Report on sanitation, dispensaries, and jails in Rajputana for 1917, and on vaccination for the year 1917-1918 - 1917-1918
Year: 1917
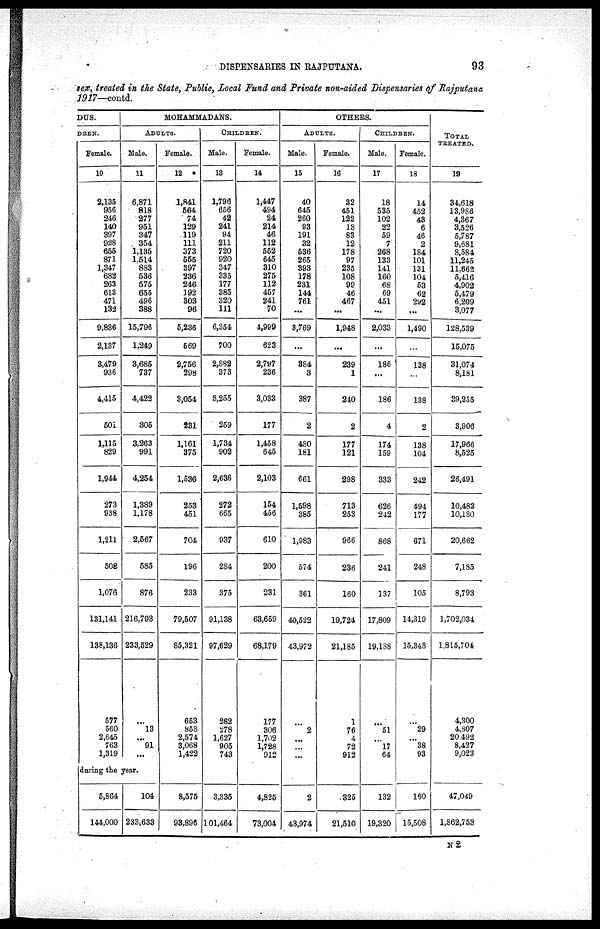
DISPENSARIES IN RAJPUTANA.
93
sex, treated in the State, Public, Local Fund and Private non-aided Dispensaries of Rajputana
1917—contd.
DUS.
DREN.
Female.
10
2,135
956
246
140
397
928
655
871
1,347
682
263
613
471
132
9,836
2,137
3,479
936
4,415
501
1,115
829
1,944
273
938
1,211
508
1,076
131,141
138,136
577
560
2,645
763
1,319
MOHAMMADANS.
ADULTS.
Male.
11
6,871
818
277
961
347
354
1,135
1,514
863
536
575
655
496
388
15,796
1,249
3,685
737
4,422
305
3,263
991
4,254
1,389
1,178
2,567
585
876
216,793
233,529
...
13
...
91
...
during the year.
5,864
144,000
104
233,633
Female.
12
1,841
564
74
129
119
111
373
555
397
236
246
192
303
96
5,236
569
2,756
298
3,054
231
1,161
375
1,536
253
451
704
196
233
79,507
85,321
653
858
2,574
3,068
1,422
8,575
93,896
CHILDREN.
Male.
13
1,796
656
42
241
94
211
720
920
347
335
177
385
320
111
6,354
700
2,882
373
3,255
259
1,734
902
2,636
272
665
937
284
375
91,138
97,629
282
278
1,627
905
743
3,335
101,464
Female.
14
1,447
494
24
214
46
112
552
645
310
275
112
457
241
70
4,999
623
2,797
236
3,033
177
1,458
645
2,103
154
456
610
200
231
63,659
68,179
177
306
1,702
1,728
912
4,825
73,004
OTHERS.
ADULTS.
Male.
15
40
645
260
93
191
32
536
265
393
178
231
144
761
...
3,769
...
384
3
387
2
480
181
661
1,598
385
1,983
674
361
40,522
43,972
...
2
...
...
...
2
43,974
Female.
16
32
451
122
18
83
12
178
97
235
108
99
46
467
...
1,948
...
239
1
240
2
177
121
298
713
253
966
236
160
19,724
21,185
1
76
4
72
912
325
21,510
CHILDREN.
Male.
17
18
535
102
22
59
7
268
133
141
160
68
69
451
...
2,033
...
186
...
186
4
174
159
333
626
242
868
241
137
17,809
19,188
...
51
...
17
64
132
19,320
Female.
18
14
452
43
6
46
2
184
101
131
104
53
62
292
...
1,490
...
138
...
138
2
138
104
242
494
177
671
248
105
14,319
15,348
...
29
...
38
93
160
15,508
TOTAL
TREATED.
19
34,618
13,986
4,367
3,526
5,787
9,681
8,584
11,245
11,662
5,416
4,902
5,479
6,209
3,077
128,539
15,075
31,074
8,181
39,255
3,906
17,966
8,525
26,491
10,482
10,180
20,662
7,185
8,793
1,702,034
1,815,704
4,300
4,807
20,492
8,427
9,023
47,049
1,862,753
N 2